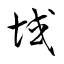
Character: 域